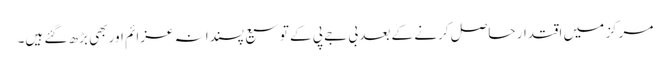
مرکز میں اقتدار حاصل کرنے کے بعد بی جے پی کے توسیع پسندانہ عزائم اور بھی بڑھ گئے ہیں۔